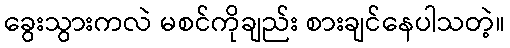
ခွေးသွားကလဲ မစင်ကိုချည်း စားချင်နေပါသတဲ့။